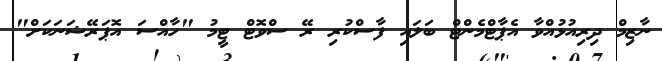
ނާޒިމް ދިރިއުޅުއްވާ އެޕާޓްމެންޓް ބަލައި ފާސްކުރި ރޭ ސްވޮޓް ޓީމު "ހާއްސަ އޮޕަރޭޝަނަކަށް"